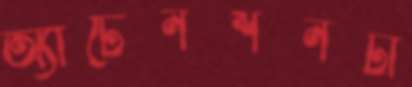
অ্যাটেনশনটা